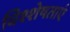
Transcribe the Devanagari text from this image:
विश्शेषताएं